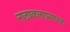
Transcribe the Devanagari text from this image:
नाट्यकलाप्रसारक